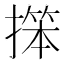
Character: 𱠬